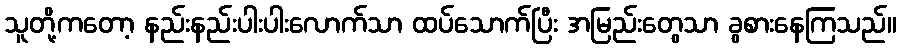
သူတို့ကတော့ နည်းနည်းပါးပါးလောက်သာ ထပ်သောက်ပြီး အမြည်းတွေသာ ခွစားနေကြသည်။